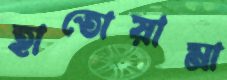
হাতোয়ামা